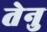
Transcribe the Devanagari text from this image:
तेनु